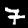
Digit: 7